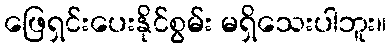
ဖြေရှင်းပေးနိုင်စွမ်း မရှိသေးပါဘူး။